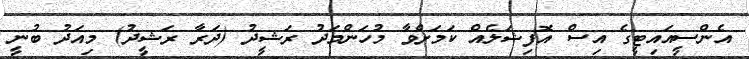
އެންސީއައިޓީގެ އިސް އޮފިޝަލެއް ކަމަށްވާ މުހަންމަދު ރަޝީދު (ދަރާ ރަޝީދު) މިއަދު ބުނީ